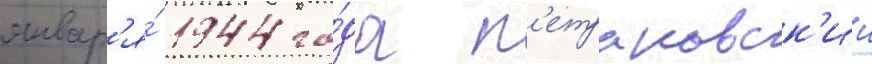
январ'я́ 1944 го́да п'етраковск'ии